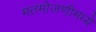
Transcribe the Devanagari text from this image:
मतमोजणीमध्ये